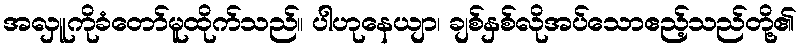
အလှူကိုခံတော်မူထိုက်သည်။ ပါဟုနေယျာ၊ ချစ်နှစ်လိုအပ်သောဧည့်သည်တို့၏